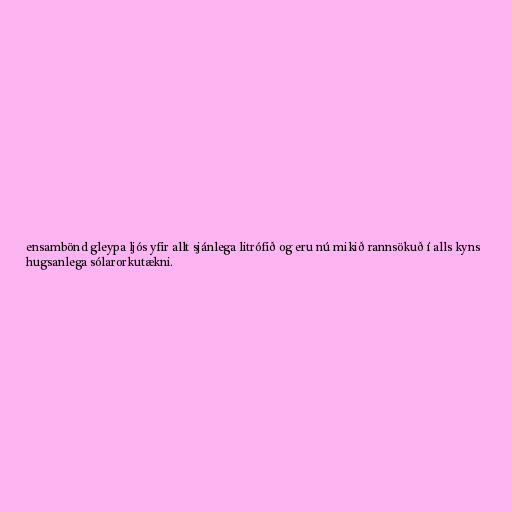
ensambönd gleypa ljós yfir allt sjánlega litrófið og eru nú mikið rannsökuð í alls kyns
hugsanlega sólarorkutækni.